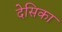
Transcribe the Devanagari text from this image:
देसिका